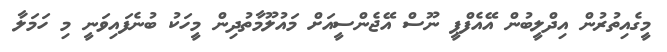
މީގެއިތުރުން އިދްލީބުން އޭއެފްޕީ ނޫސް އޭޖެންސީއަށް މައުލޫމާތުދިން މީހަކު ބުނެފައިވަނީ މި ހަމަލާ